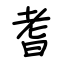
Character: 耆